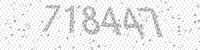
Solution: 718447